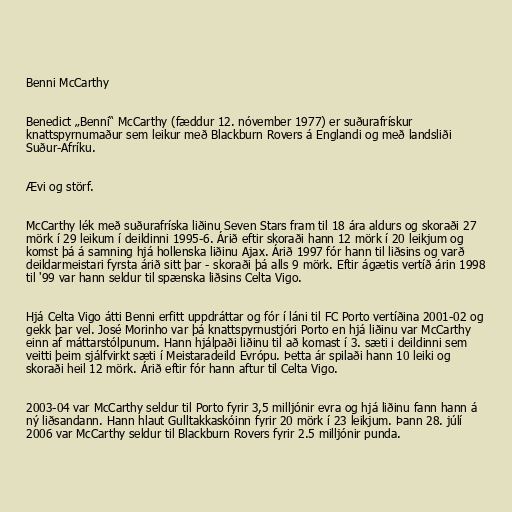
Benni McCarthy

Benedict „Benni“ McCarthy (fæddur 12. nóvember 1977) er suðurafrískur
knattspyrnumaður sem leikur með Blackburn Rovers á Englandi og með landsliði
Suður-Afríku.

Ævi og störf.

McCarthy lék með suðurafríska liðinu Seven Stars fram til 18 ára aldurs og skoraði 27
mörk í 29 leikum í deildinni 1995-6. Árið eftir skoraði hann 12 mörk í 20 leikjum og
komst þá á samning hjá hollenska liðinu Ajax. Árið 1997 fór hann til liðsins og varð
deildarmeistari fyrsta árið sitt þar - skoraði þá alls 9 mörk. Eftir ágætis vertíð árin 1998
til '99 var hann seldur til spænska liðsins Celta Vigo.

Hjá Celta Vigo átti Benni erfitt uppdráttar og fór í láni til FC Porto vertíðina 2001-02 og
gekk þar vel. José Morinho var þá knattspyrnustjóri Porto en hjá liðinu var McCarthy
einn af máttarstólpunum. Hann hjálpaði liðinu til að komast í 3. sæti i deildinni sem
veitti þeim sjálfvirkt sæti í Meistaradeild Evrópu. Þetta ár spilaði hann 10 leiki og
skoraði heil 12 mörk. Árið eftir fór hann aftur til Celta Vigo.

2003-04 var McCarthy seldur til Porto fyrir 3,5 milljónir evra og hjá liðinu fann hann á
ný liðsandann. Hann hlaut Gulltakkaskóinn fyrir 20 mörk í 23 leikjum. Þann 28. júlí
2006 var McCarthy seldur til Blackburn Rovers fyrir 2.5 milljónir punda.